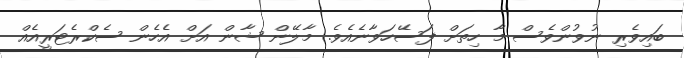
ބައިވެރި ނުވުންވެސް މާ ހިތަށް ފަސޭހަވާނެއެވެ. މާލޭން ޝާން އަށް އެހެން ސެކްރެޓަރީއެއް